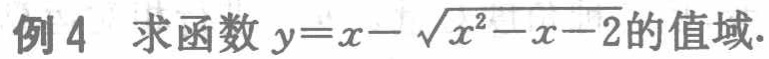
例 4 求函数 \(y = x - \sqrt{x^{2}-x - 2}\)的值域.